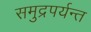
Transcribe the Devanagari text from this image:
समुद्रपर्यन्त